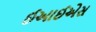
ઈઆઈએસ